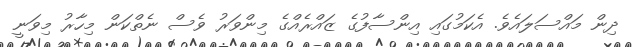
ދިން މައްސަލައެވެ. އެކަމުގައި އިންސާފުގެ ޒައްރެއްގެ މިންވަރު ވެސް ނެތްކަން މިހާރު މިވަނީ